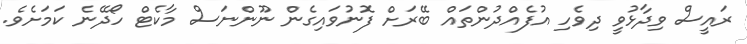
ރައީސް ވިދާޅުވީ ދިވެހި އުފެއްދުންތައް ބޭރަށް ފޮނުވައިގެން ނޫންނަސް މާކެޓް ހޯދޭނެ ކަމަށެވެ.